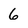
Character: 6